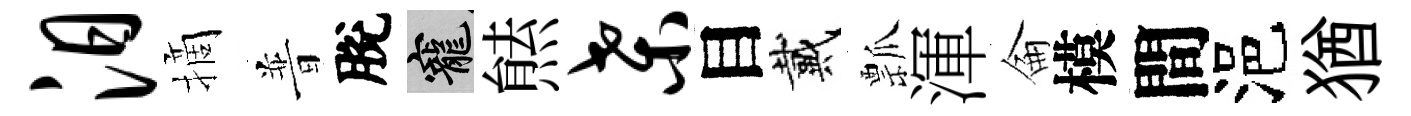
汨摘普脫寵㷱桑目戴瓢渾侖模間浥猶